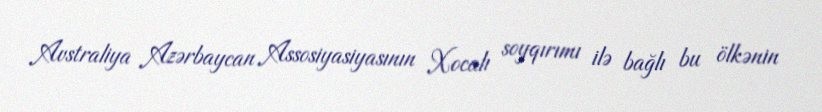
Avstraliya Azərbaycan Assosiyasiyasının Xocalı soyqırımı ilə bağlı bu ölkənin